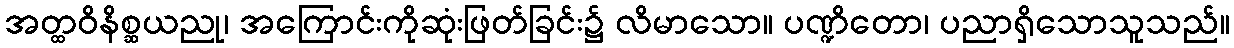
အတ္ထဝိနိစ္ဆယညု၊ အကြောင်းကိုဆုံးဖြတ်ခြင်း၌ လိမာသော။ ပဏ္ဍိတော၊ ပညာရှိသောသူသည်။